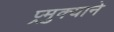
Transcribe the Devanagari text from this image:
प्र्मुक्याने